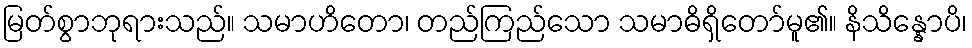
မြတ်စွာဘုရားသည်။ သမာဟိတော၊ တည်ကြည်သော သမာဓိရှိတော်မူ၏။ နိသိန္နောပိ၊